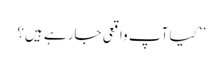
’’کیا آپ واقعی جارہے ہیں؟